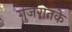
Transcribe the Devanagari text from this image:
गुजरातके